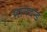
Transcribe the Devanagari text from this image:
मानदन्ड